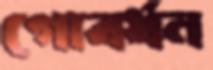
গোবর্ধন